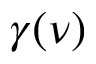
\gamma ( \nu )